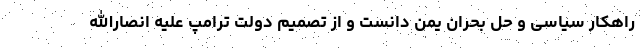
راهکار سیاسی و حل بحران یمن دانست و از تصمیم دولت ترامپ علیه انصارالله